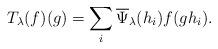
LaTeX: \begin{align*}T_{\lambda}(f)(g)=\sum_i\overline{\Psi}_{\lambda}(h_i)f(gh_i).\end{align*}